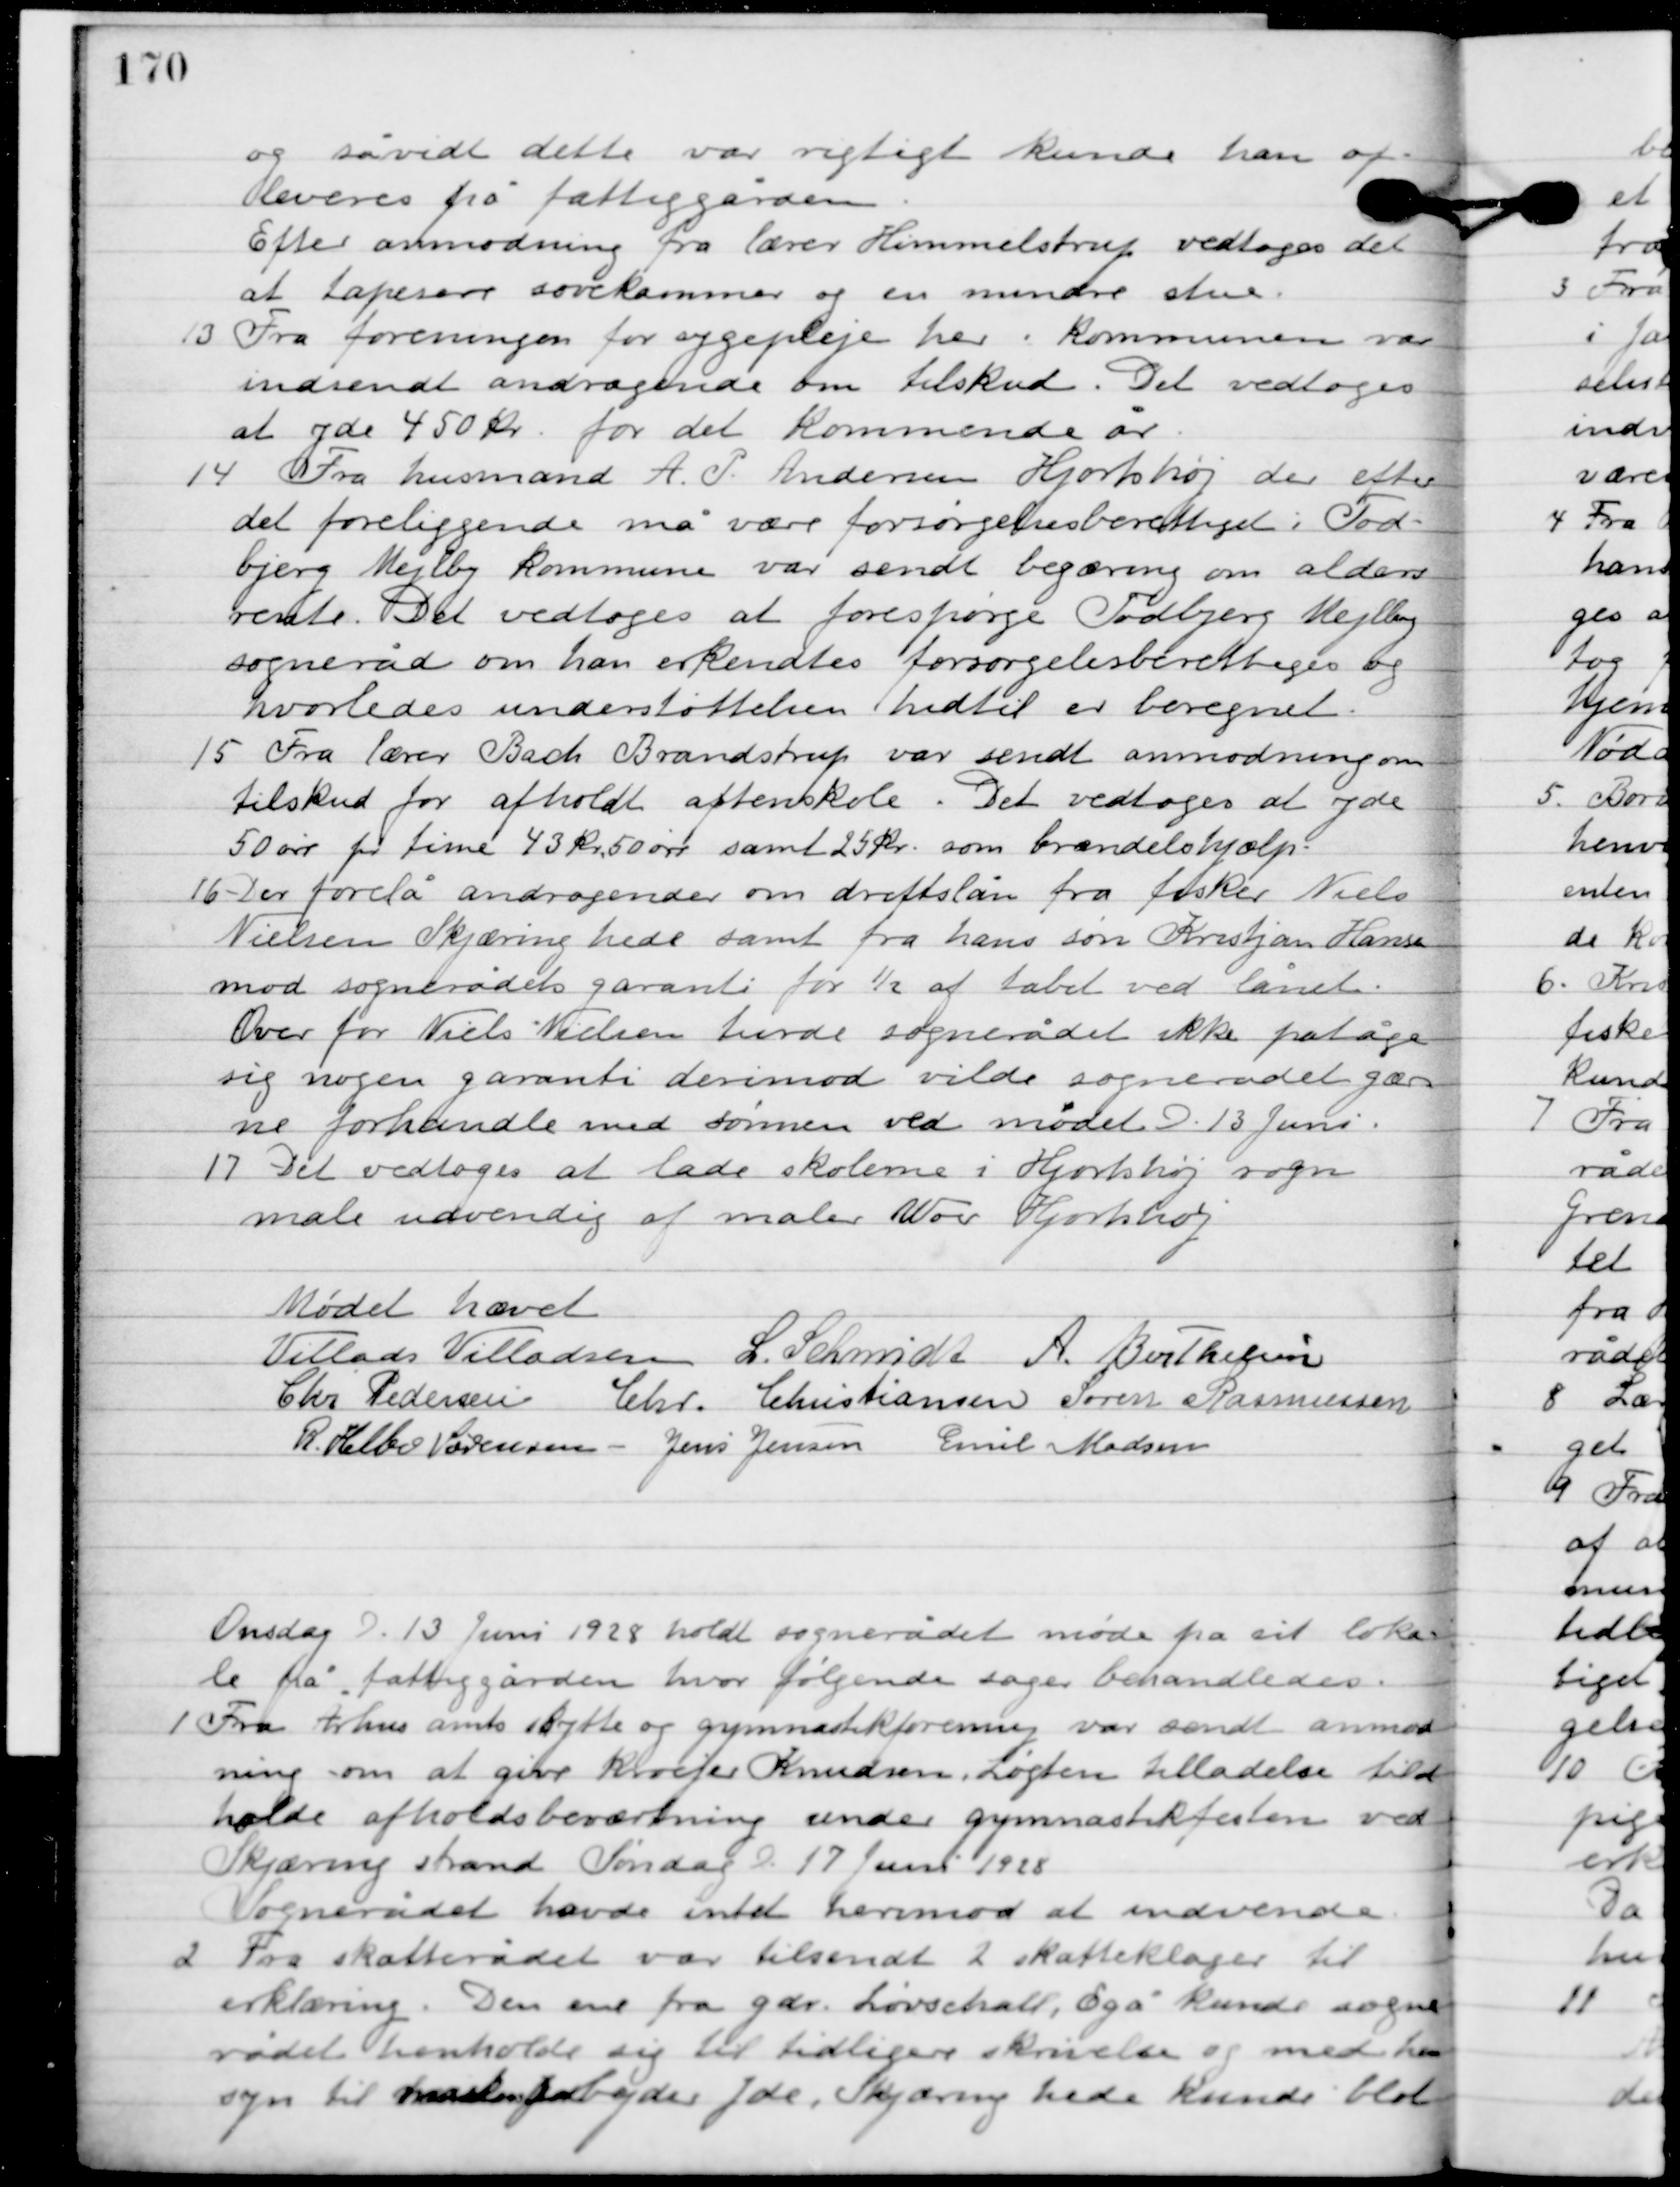
Transskription:
og så vidt dette var rigtigt kunde han af-
leveres på fattiggården.
Efter anmodning fra lærer Himmelstrup vedtoges det
at tapesere sovekammer og en mindre stue.

13

Fra foreningen for sygepleje her i kommunen var
indsendt andragende om tilskud. Det vedtoges
 at yde 450 kr. for det kommende år.

14

Fra husmand A.P. Andersen, Hjortshøj der efter
det foreliggende må være forsørgelsesberettiget. Tod-
bjerg Mejlby kommune var sendt begæring om alders-
rente. Det vedtoges at forespørge Todbjerg Mejlby
sogneråd om han erkendtes forsørgelsesberettiget og
hvorledes understøttelsen hidtil er beregnet.

15

Fra lærer Bach Brandstrup var sendt anmodning om
tilskud for afholdt aftenskole. Det vedtoges at yde
50 øre pr. time 43 kr. 50 øre samt 25 kr. som brændselshjælp.

16

Der forelå andragende om driftslån fra fisker Niels
Nielsen Skjæring hede samt fra hans søn Kristjan Hansen
mod sognerådets garanti for ½ af tabet ved lånet.
Over for Niels Nielsen turde sognerådet ikke påtage
sig nogen garanti derimod vilde sognerådet gær-
ne forhandle med sønnen ved mødet. D. 13. Juni.

17

Det vedtoges at lade skolerne i Hjortshøj sogn
male udvendig af maler Wore Hjortshøj.

Mødet hævet

Villads J. Villadsen
I. Schmidt
A. Berthelsen
Chr. Pedersen
Chr. Kristiansen
Søren Rasmussen
R. Helbo Sørensen
Jens Jensen
Emil Madsen

Onsdag D. 13. Juni 1928. holdt sognerådet møde på sit loka-
le på fattiggården, hvor følgende sager behandledes.

1

Fra Århus amts skytte og gymnastikforening var sendt anmod-
ning om at give Kroejer Knudsen, Løgten tilladelse til at
holde afholdsbeværtning under gymnastikfesten ved
Skjæring strand søndag D. 17. Juni 1928.
Sognerådet havde intet hermod at indvende.

2

Fra skatterådet var tilsendt 2 skatteklager til
erklæring. Den ene fra gdr. Løvschall, Egå kunde sogne-
rådet henholde sig til tidligere skrivelse og med hen-
syn til rådets forarbejde yde, Skjæring hede kunde blot